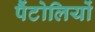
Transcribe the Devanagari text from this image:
पैंटोलियों